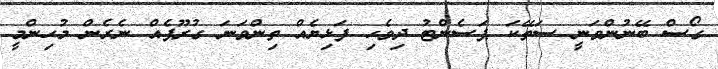
ގޯސް ބޭނުންވަނީ ސަތޭކަ ޕަސެންޓު ދިވެހި ފަޅިޔެއް ތިންވަނަ ގުރޫޕެއް ނެރެން މުހިންމީ